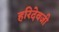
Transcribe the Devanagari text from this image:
हरिदेवजी